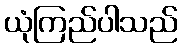
ယုံကြည်ပါသည်